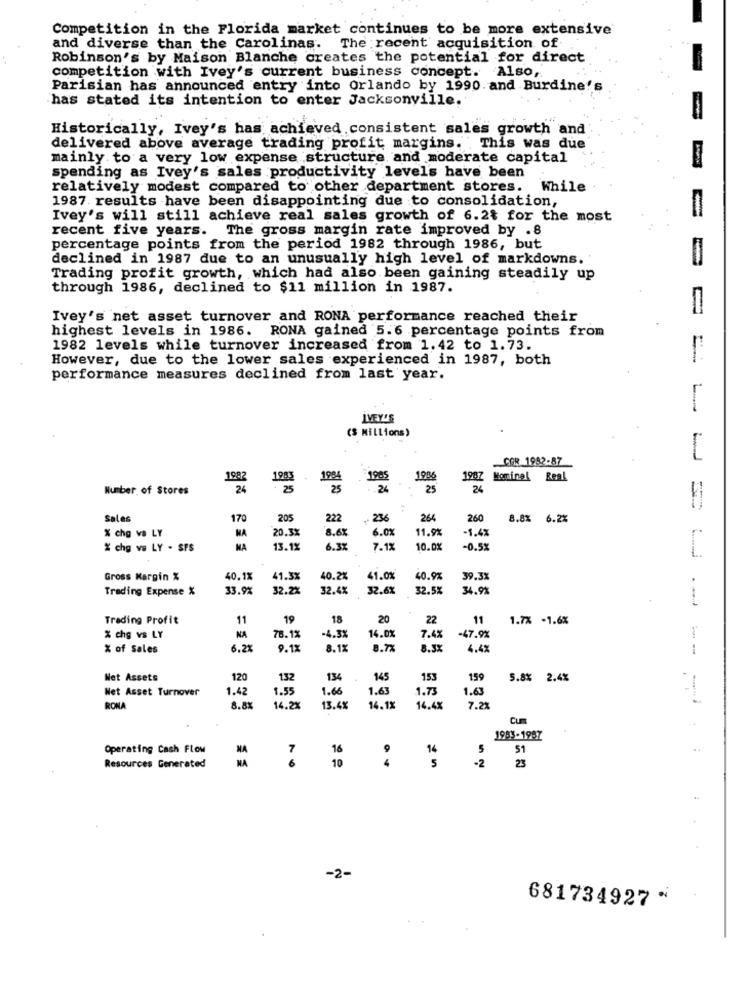
Competition in the Florida market continues to be more extensive
and diverse than the Carolinas. The recent acquisition of
Robinson's by Maison Blanche creates the potential for direct
competition with Ivey's current business concept. Also,
Parisian has announced entry into Orlando by 1990. and Burdine's
has stated its intention to enter Jacksonville.
Historically, Ivey's has achieved consistent sales growth and
delivered above average trading profit margins. . This was due
mainly to a very low expense structure and moderate capital
spending as Ivey's sales productivity level's have been
relatively modest compared to other department stores. While
1987. results have been disappointing due to consolidation,
Ivey's will still achieve real sales growth of 6.2% for the most
recent five years. The gross margin rate improved by .8
percentage points from the period 1982 through 1986, but
declined in 1987 due to an unusually high level of markdowns.
Trading profit growth, which had also been gaining steadily up
through 1986, declined to $11 million in 1987.
Ivey's net asset turnover and RONA performance reached their
highest levels in 1986. RONA gained 5.6 percentage points from
1982 levels while turnover increased from 1.42 to 1.73.
However, due to the lower sales experienced in 1987, both
performance measures declined from last year.
IVEY'S
($ Millions)
COR_1982-87
1992
1903
1994
1905
1986
1967
Moninel Real
Number of Stores
24
25
25
.24
25
24
Sales
170
205
222
236
264
260
8.8% 6.2%
NA
20.3%
8.6X
6.0%
11.9%
-1.4%
% chg va LY
% chg va LY . SFS
MA
13.1%
6.3%
7.1%
10.0%
-0.52
Gross Margin %
40.1%
41.3%
40.2%
41.0%
40.9%
39.3%
Trading Expense %
33.9%
32.2%
32.4%
32.6X
32.5%
34.9%
Trading Profit
11
19
18
20
22
11
1.7% -1.6%
78.1%
% che vs LY
KA
-4.3%
14.0%
7.4%
-47.9%
% of Sales
6.2%
9.1X
8.1%
8.7%
8.3%
4.4%
Not Assets
120
132
134
145
153
159
5.8% 2.4%
Net Asset Turnover
1.42
1.55
1.66
1.63
1.73
1.63
RONA
8.8%
14.2X
13.4%
14.1%
14.4%
7.21
Cum
LW === -- -
1953-1987
Operating Cash Flow
NA
7
16
9
14
5
51
Resources Generated
NA
6
10
5
23
-2
-2-
681734927 ·